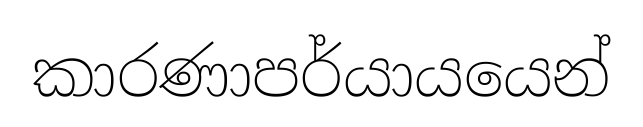
කාරණාපර්යායයෙන්